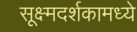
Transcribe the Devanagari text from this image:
सूक्ष्मदर्शकामध्ये